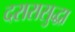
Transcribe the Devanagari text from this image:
दरारासुद्धा